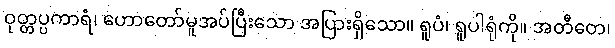
ဝုတ္တပ္ပကာရံ၊ ဟောတော်မူအပ်ပြီးသော အပြားရှိသော။ ရူပံ၊ ရူပါရုံကို။ အတီတေ၊